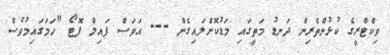
ވިކްޓްރީގެ ކުޅުންތެރިން ދަނޑު މަތީގައި މަޑުކޮށްލައިގެން --- އަވަސް ފައިލް ފޮޓޯ "ހަމަގައިމުވެސް